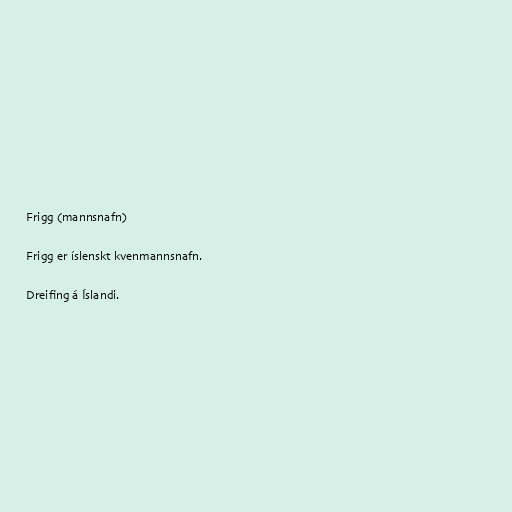
Frigg (mannsnafn)

Frigg er íslenskt kvenmannsnafn.

Dreifing á Íslandi.